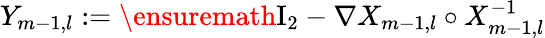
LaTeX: Y_{m-1,l}:=\ensuremath{\mathrm{I}_{2}}-\nabla X_{m-1,l}\circ X_{m-1,l}^{-1}